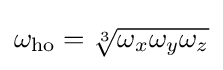
\omega _{\text{ho}}={\sqrt[{3}]{\omega _{x}\omega _{y}\omega _{z}}}